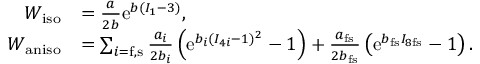
\begin{array} { r l } { W _ { \mathrm { i s o } } } & { = \frac { a } { 2 b } \mathrm { e } ^ { b ( I _ { 1 } - 3 ) } \mathrm { , } } \\ { W _ { \mathrm { a n i s o } } } & { = \sum _ { i = \mathrm { f } , \mathrm { s } } \frac { a _ { i } } { 2 b _ { i } } \left( \mathrm { e } ^ { b _ { i } ( I _ { 4 i } - 1 ) ^ { 2 } } - 1 \right) + \frac { a _ { \mathrm { f s } } } { 2 b _ { \mathrm { f s } } } \left( \mathrm { e } ^ { b _ { \mathrm { f s } } I _ { 8 \mathrm { f s } } } - 1 \right) \mathrm { . } } \end{array}